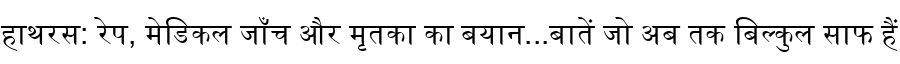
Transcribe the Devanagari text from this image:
हाथरस: रेप, मेडिकल जाँच और मृतका का बयान...बातें जो अब तक बिल्कुल साफ हैं